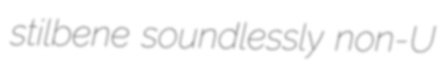
stilbene soundlessly non-U